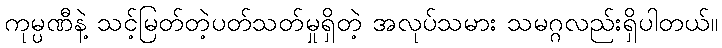
ကုမ္ပဏီနဲ့ သင့်မြတ်တဲ့ပတ်သတ်မှုရှိတဲ့ အလုပ်သမား သမဂ္ဂလည်းရှိပါတယ်။